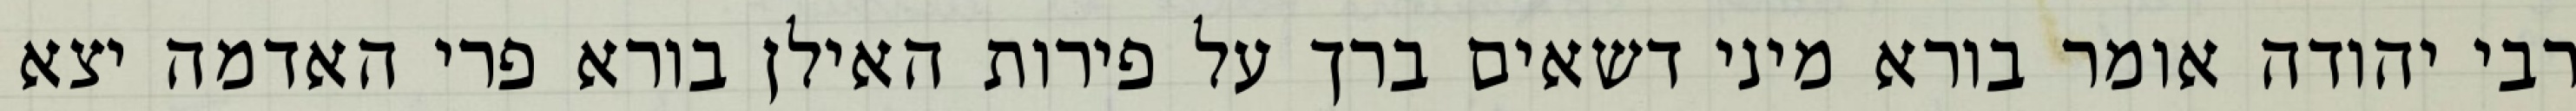
רבי יהודה אומר בורא מיני דשאים ברך על פירות האילן בורא פרי האדמה יצא